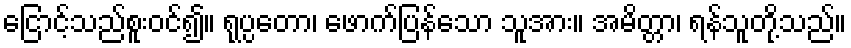
ငြောင့်သည်စူးဝင်၍။ ရုပ္ပတော၊ ဖောက်ပြန်သော သူအား။ အမိတ္တာ၊ ရန်သူတို့သည်။